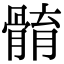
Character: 𩩣